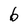
Character: b